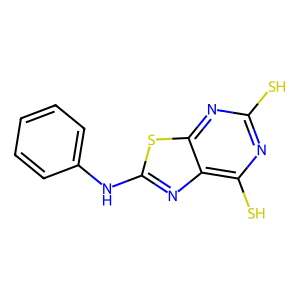
SMILES: Sc1nc(S)c2nc(Nc3ccccc3)sc2n1
Inhibits HIV replication: No